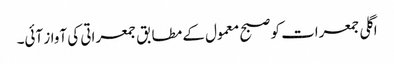
اگلی جمعرات کو صبح معمول کے مطابق جمعراتی کی آواز آئی۔